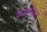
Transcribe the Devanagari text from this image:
कम्युनिस्ट्